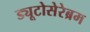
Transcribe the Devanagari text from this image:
ड्यूटोसेरेब्रम